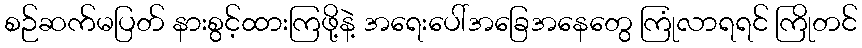
စဉ်ဆက်မပြတ် နားစွင့်ထားကြဖို့နဲ့ အရေးပေါ်အခြေအနေတွေ ကြုံလာရရင် ကြိုတင်